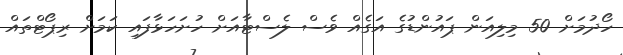
ހޯދުމަށް 50 މިލިއަން ޕައުންޑުގެ އަގެއް ވެސް ލެސްޓާއަށް ހުށަހަޅާފައި ކަމަށް ރިޕޯޓްތައް